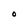
Character: O